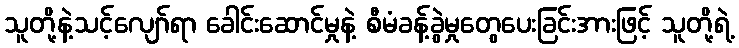
သူတို့နဲ့သင့်လျော်ရာ ခေါင်းဆောင်မှုနဲ့ စီမံခန့်ခွဲမှုတွေပေးခြင်းအားဖြင့် သူတို့ရဲ့